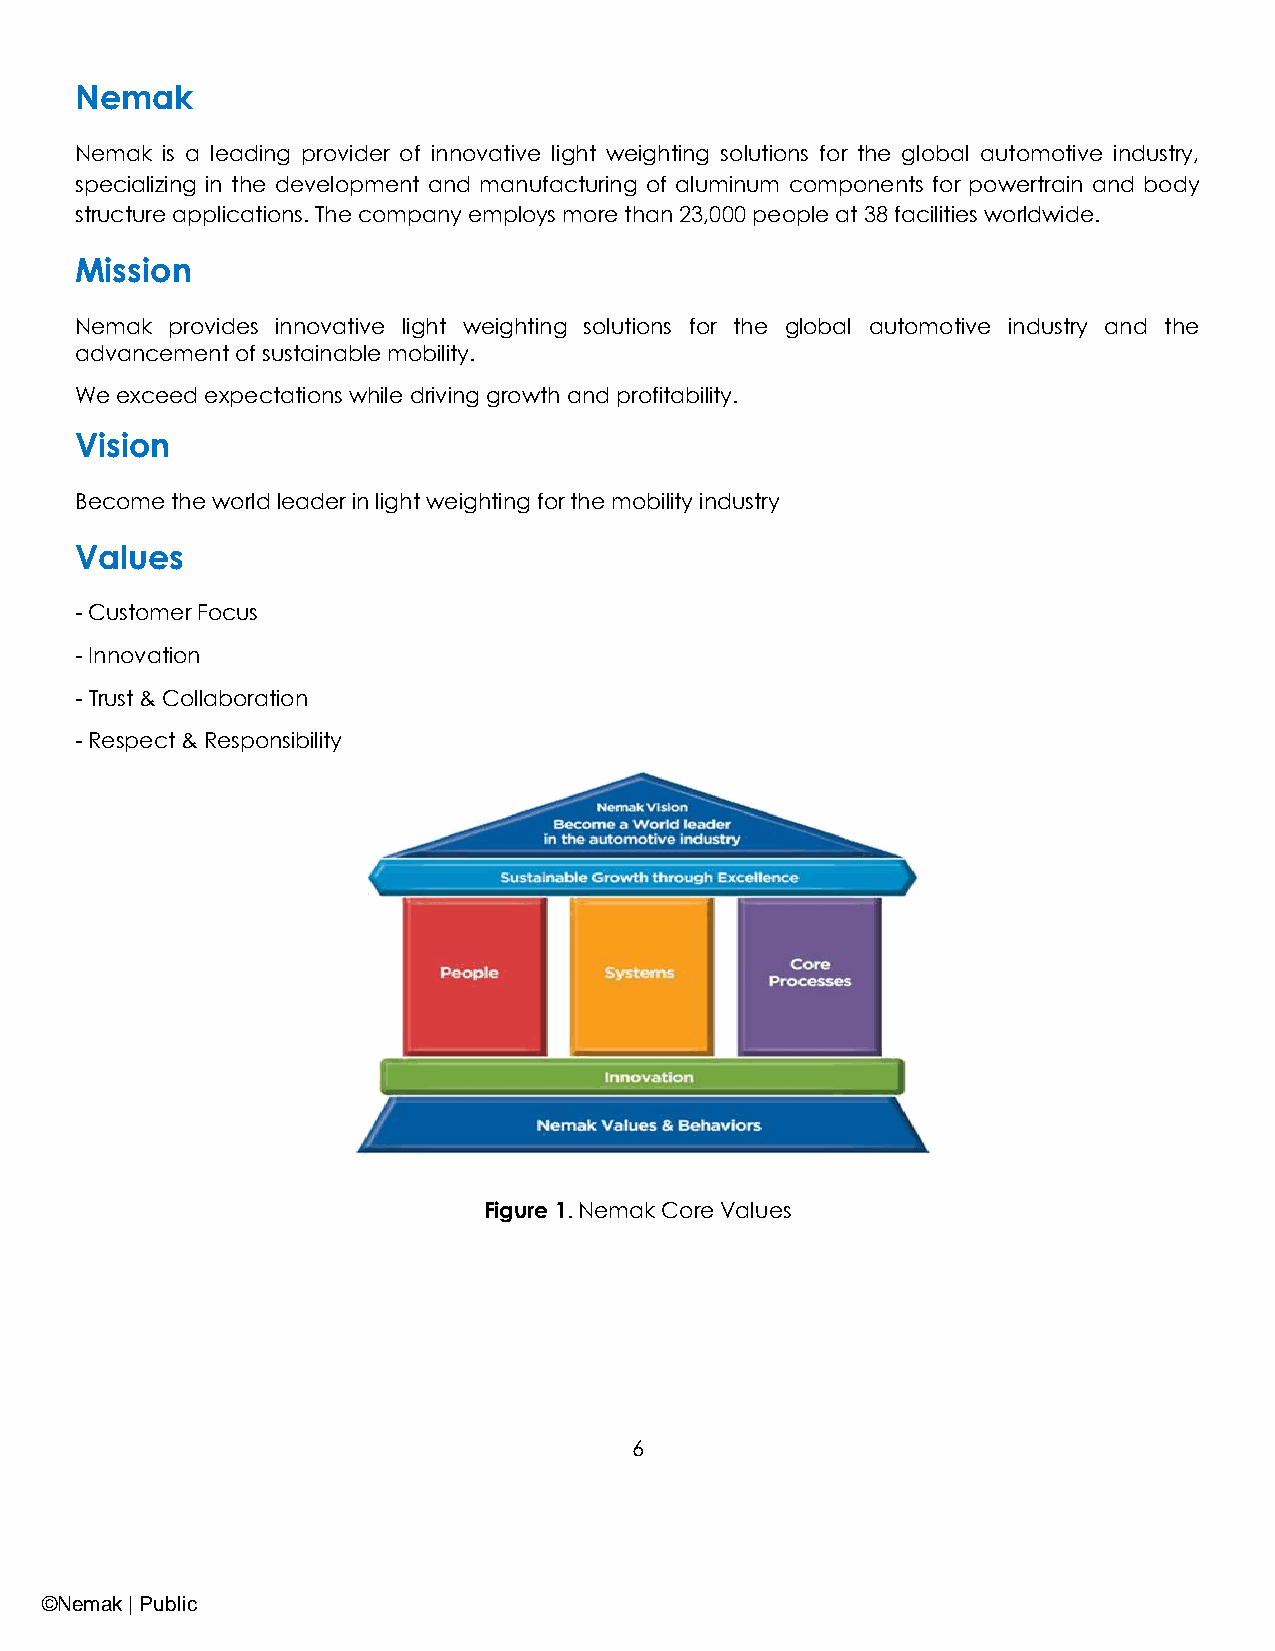
Nemak
 Nemak is a leading provider of innovative light weighting solutions for the global automotive industry,
 specializing in the development and manufacturing of aluminum components for powertrain and body
 structure applications. The company employs more than 23,000 people at 38 facilities worldwide.
 Mission
 Nemak provides innovative light weighting solutions for the global automotive industry and the
 advancement of sustainable mobility.
 We exceed expectations while driving growth and profitability.
 Vision
 Become the world leader in light weighting for the mobility industry
 Values
 - Customer Focus
 - Innovation
 - Trust & Collaboration
 - Respect & Responsibility
 Figure 1. Nemak Core Values
 6
 ©Nemak | Public